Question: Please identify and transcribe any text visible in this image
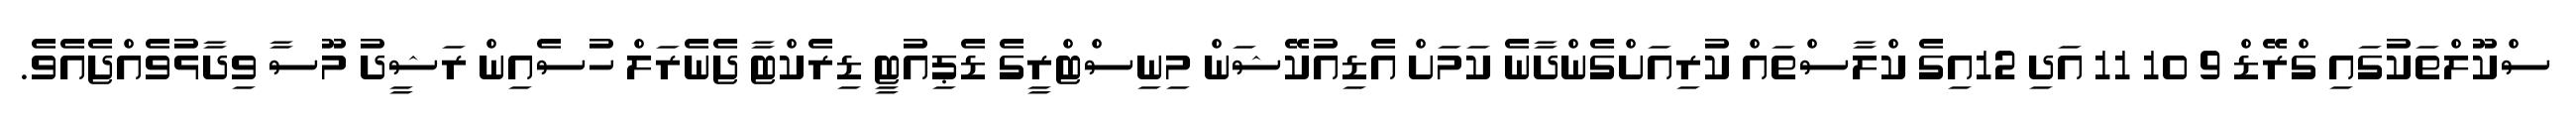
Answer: ސްކޫލްތަކުގައި ގްރޭޑް 9 10 11 އަދި 12އިގެ ކްލާސްތައް ކުރިއަށްގެންދާނެ ކަމަށް އެޑިއުކޭޝަން މިނިސްޓްރީގެ ޑެޕިއުޓީ ޑިރެކްޓާ ޖެނެރަލް ހުސެއިން ރަޝީދު މޫސާ ވިދާޅުވެއްޖެއެވެ.